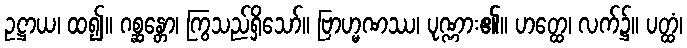
ဥဋ္ဌာယ၊ ထ၍။ ဂစ္ဆန္တော၊ ကြွသည်ရှိသော်။ ဗြာဟ္မဏဿ၊ ပုဏ္ဏား၏။ ဟတ္ထေ၊ လက်၌။ ပတ္ထံ၊